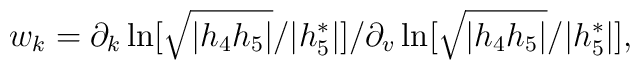
w_{k}=\partial _{k}\ln [\sqrt{|h_{4}h_{5}|}/|h_{5}^{\ast }|]/\partial_{v}\ln [\sqrt{|h_{4}h_{5}|}/|h_{5}^{\ast }|],